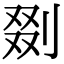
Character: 剟